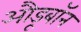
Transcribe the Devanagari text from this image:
औडूबॉन